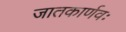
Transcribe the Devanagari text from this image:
जातकार्णवः